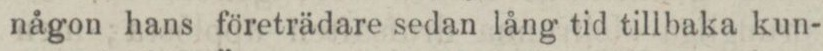
någon hans företrädare sedan lång tid tillbaka kun-